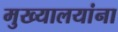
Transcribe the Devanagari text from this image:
मुख्यालयांना